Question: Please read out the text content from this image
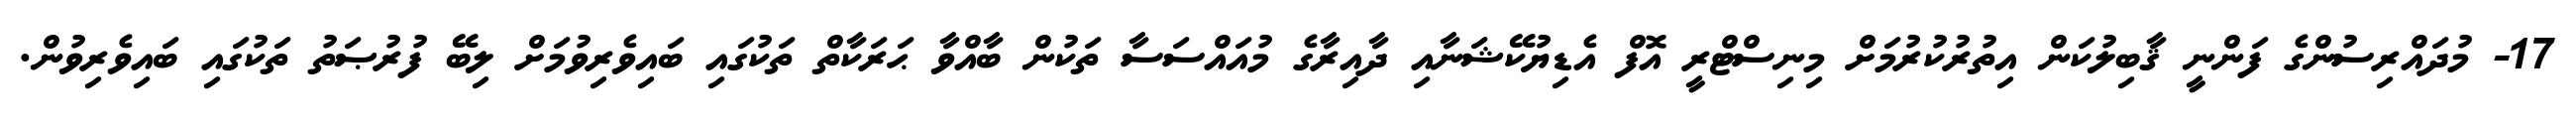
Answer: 17- މުދައްރިސުންގެ ފަންނީ ޤާބިލުކަން އިތުރުކުރުމަށް މިނިސްޓްރީ އޮފް އެޑިޔުކޭޝަނާއި ދާއިރާގެ މުއައްސަސާ ތަކުން ބާއްވާ ޙަރަކާތް ތަކުގައި ބައިވެރިވުމަށް ލިބޭ ފުރުޞަތު ތަކުގައި ބައިވެރިވުން.